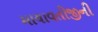
માયાવતીજીની